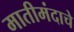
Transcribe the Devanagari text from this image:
मातीमंदाचे